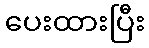
ပေးထားပြီး